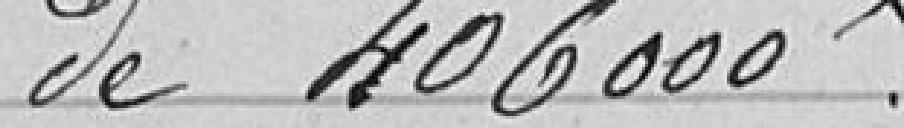
de 406 000 francs